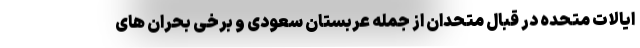
ایالات متحده در قبال متحدان از جمله عربستان سعودی و برخی بحران های